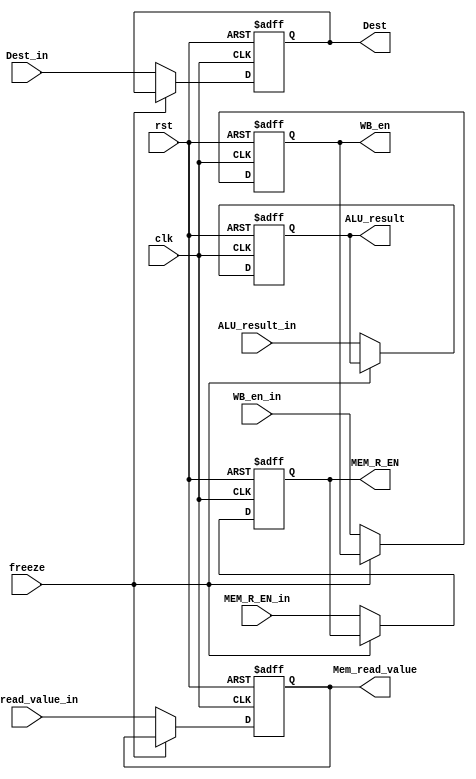
module MEM_Stage_reg
	(
		input clk,
		input rst,
		input WB_en_in,
		//MEM Signals
		input MEM_R_EN_in,
		//memory Address
		input [31:0] ALU_result_in,

		input [31:0] Mem_read_value_in,
		input [4:0] Dest_in,

		input freeze,
		
		output reg WB_en,
		//MEM Signals
		output reg MEM_R_EN,
		//memory Address
		output reg [31:0] ALU_result,

		output reg [31:0] Mem_read_value,
		output reg [4:0] Dest
	);

	always@(posedge clk or posedge rst)
	begin
		if(rst)
		begin
			WB_en <= 0;
			MEM_R_EN <= 0;
			ALU_result <= 0;
			Mem_read_value <= 0;
			Dest <= 0;
		end
		else if (!freeze) begin
			WB_en <= WB_en_in;
			MEM_R_EN <= MEM_R_EN_in;
			ALU_result <= ALU_result_in;
			Mem_read_value <= Mem_read_value_in;
			Dest <= Dest_in;
		end
	end
endmodule